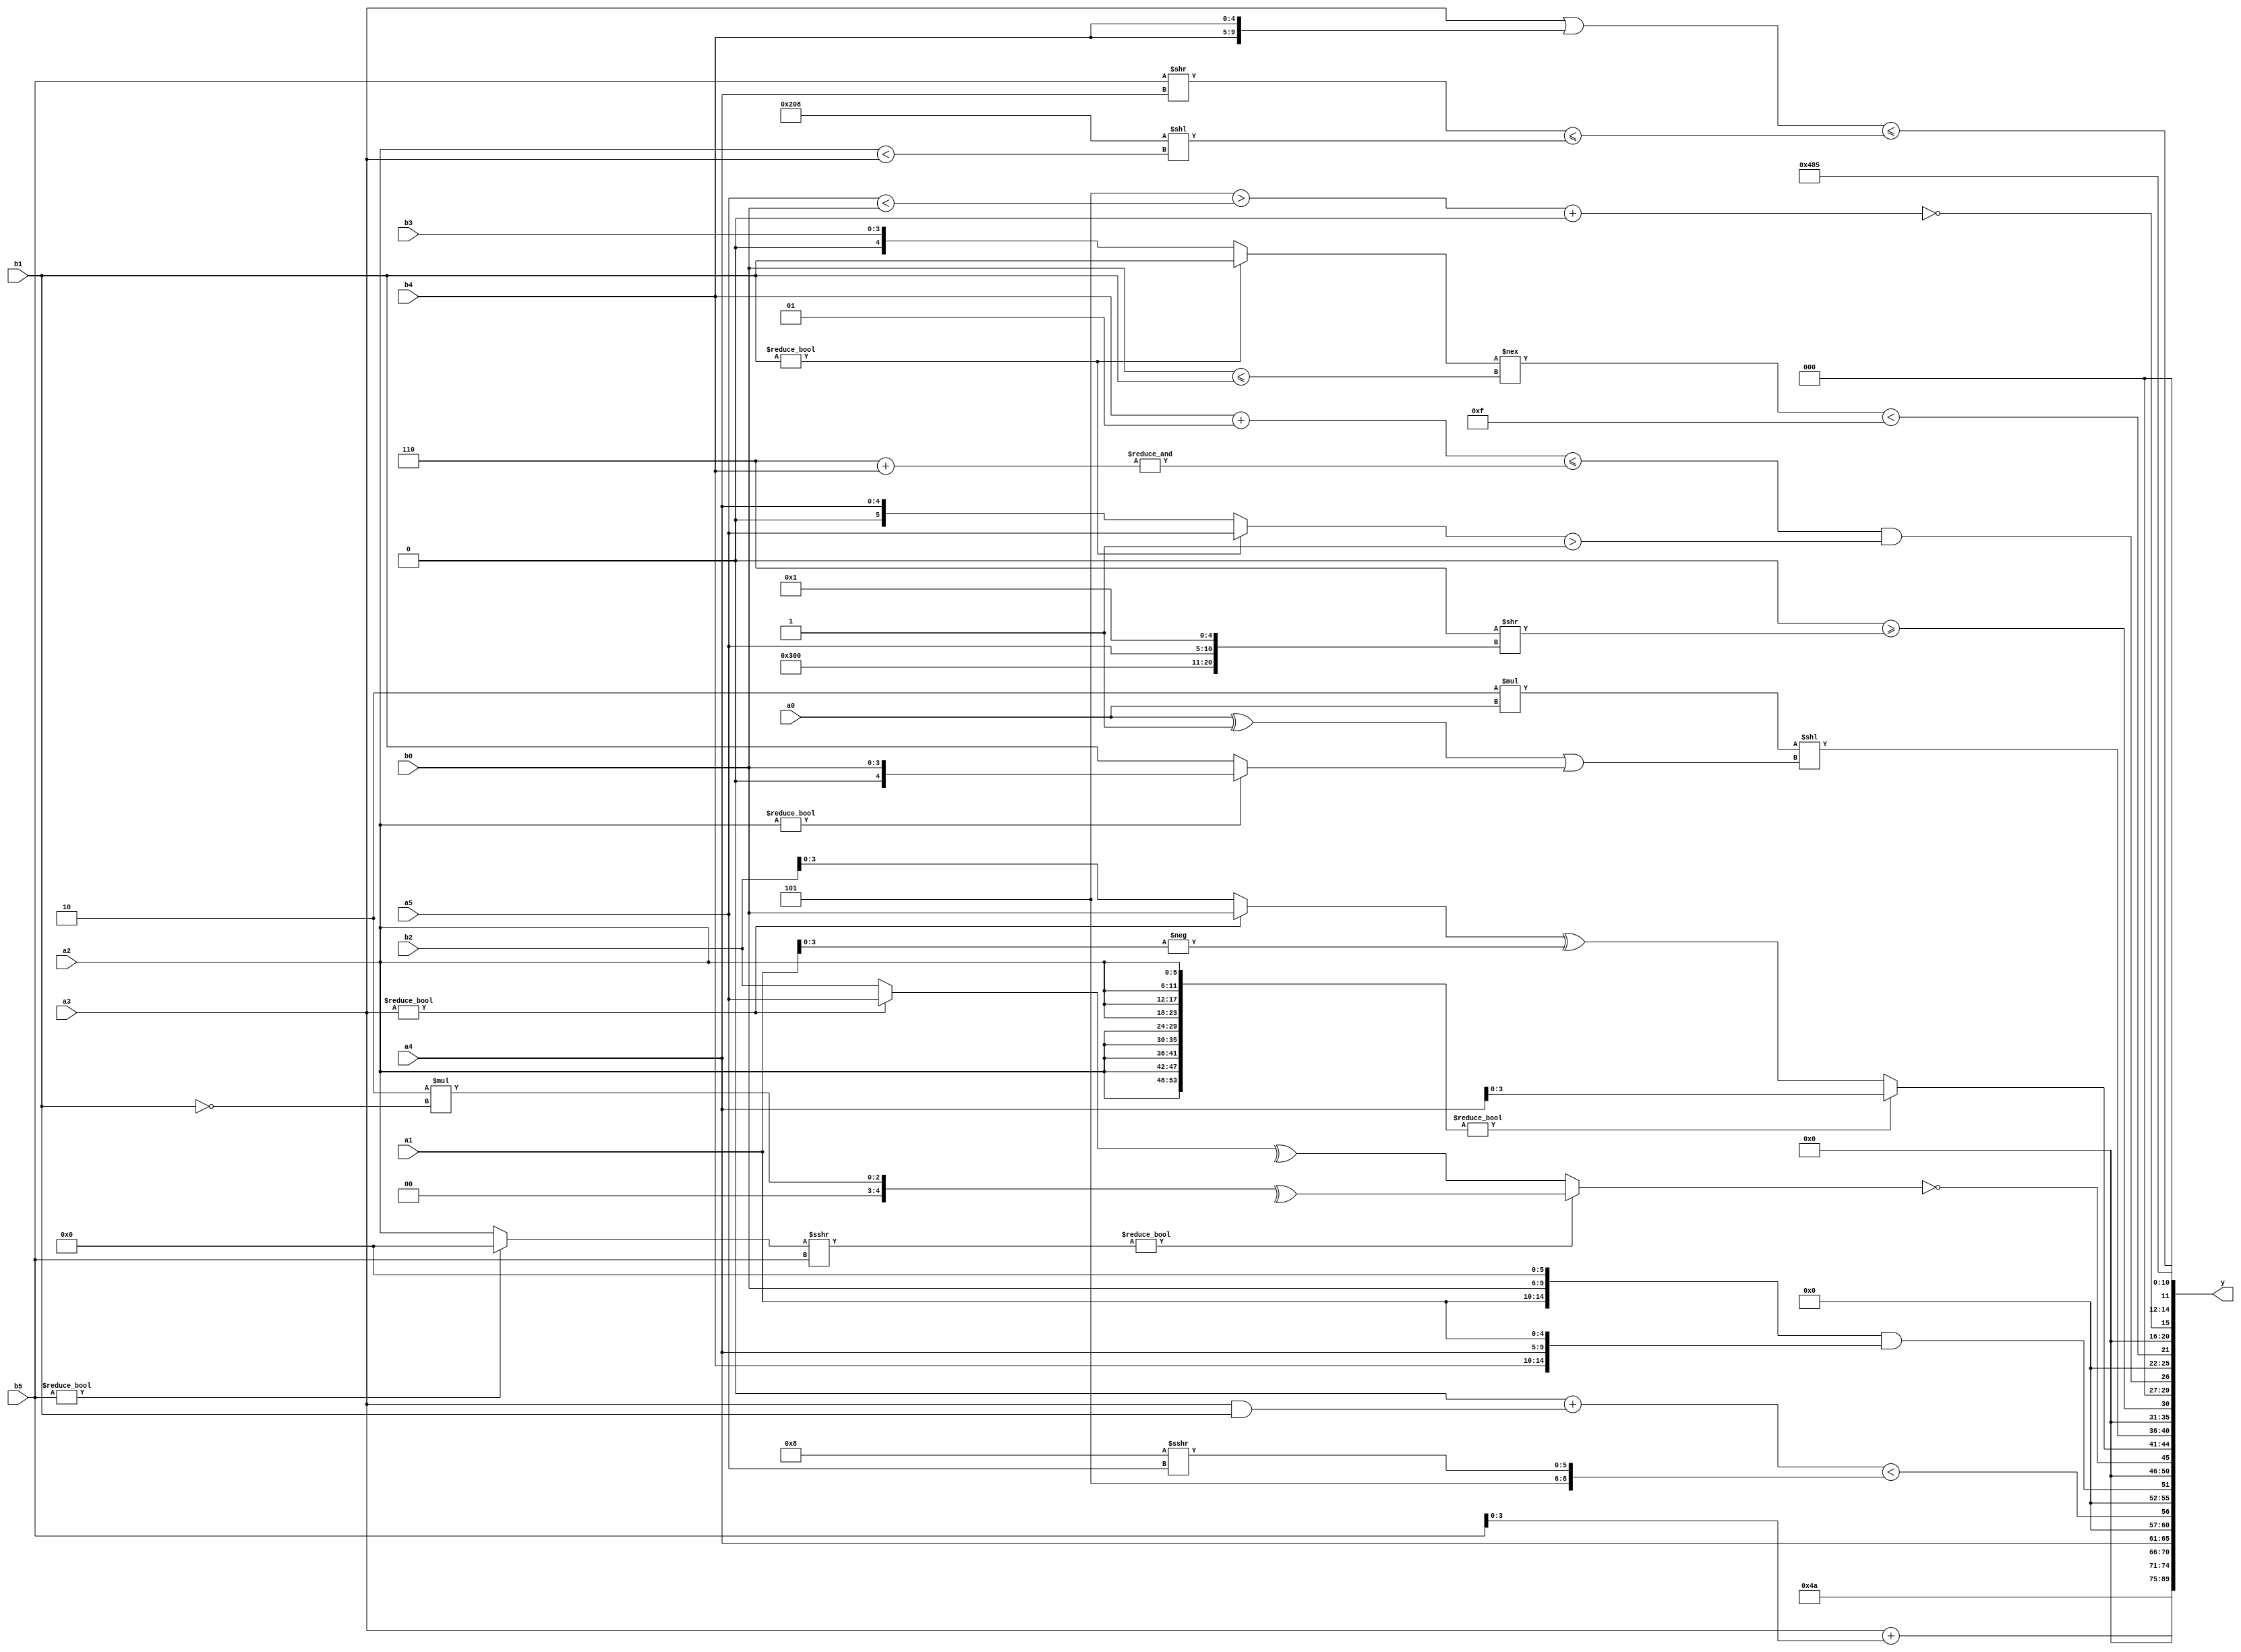
module expression_00352(a0, a1, a2, a3, a4, a5, b0, b1, b2, b3, b4, b5, y);
  input [3:0] a0;
  input [4:0] a1;
  input [5:0] a2;
  input signed [3:0] a3;
  input signed [4:0] a4;
  input signed [5:0] a5;

  input [3:0] b0;
  input [4:0] b1;
  input [5:0] b2;
  input signed [3:0] b3;
  input signed [4:0] b4;
  input signed [5:0] b5;

  wire [3:0] y0;
  wire [4:0] y1;
  wire [5:0] y2;
  wire signed [3:0] y3;
  wire signed [4:0] y4;
  wire signed [5:0] y5;
  wire [3:0] y6;
  wire [4:0] y7;
  wire [5:0] y8;
  wire signed [3:0] y9;
  wire signed [4:0] y10;
  wire signed [5:0] y11;
  wire [3:0] y12;
  wire [4:0] y13;
  wire [5:0] y14;
  wire signed [3:0] y15;
  wire signed [4:0] y16;
  wire signed [5:0] y17;

  output [89:0] y;
  assign y = {y0,y1,y2,y3,y4,y5,y6,y7,y8,y9,y10,y11,y12,y13,y14,y15,y16,y17};

  localparam [3:0] p0 = (&{{1{{3{(3'd4)}}}},{((-4'sd1)||(-5'sd8)),{4{(-2'sd0)}},{(4'd7),(3'sd3),(5'd18)}},{2{{(3'd7),(-4'sd1)}}}});
  localparam [4:0] p1 = (-3'sd0);
  localparam [5:0] p2 = ({2{(~&{1{(5'd24)}})}}||(~(^(|(&{1{(5'd14)}})))));
  localparam signed [3:0] p3 = (6'd2 * (-(!(3'd5))));
  localparam signed [4:0] p4 = {(4'd2 * ((5'd6)-(2'd2)))};
  localparam signed [5:0] p5 = ((((4'd11)>>(-4'sd3))!==((5'd3)?(-2'sd1):(3'd1)))>>>(((5'd14)>(5'd0))!==((3'd4)<(3'sd1))));
  localparam [3:0] p6 = ((^(3'sd3))>>(~^(-4'sd2)));
  localparam [4:0] p7 = ((~|(5'd20))-((5'd27)?(2'd2):(4'd10)));
  localparam [5:0] p8 = ((2'd2)?(4'd15):(4'd6));
  localparam signed [3:0] p9 = ((^(^(4'd6)))?{1{((4'sd2)?(5'd20):(2'sd1))}}:(+(~(-5'sd11))));
  localparam signed [4:0] p10 = ((~^(5'sd6))^((5'd25)>=(-4'sd2)));
  localparam signed [5:0] p11 = (4'd8);
  localparam [3:0] p12 = (2'sd0);
  localparam [4:0] p13 = {((5'd10)?(-2'sd1):(3'd2)),((3'd0)?(3'd2):(-3'sd0))};
  localparam [5:0] p14 = {{4{(3'sd2)}},{{(3'sd0),(5'd13)},((5'd28)?(5'd4):(4'd6)),{1{(4'sd6)}}}};
  localparam signed [3:0] p15 = (3'sd0);
  localparam signed [4:0] p16 = (((-2'sd1)<=(5'd21))<((3'sd0)?(4'd1):(2'd3)));
  localparam signed [5:0] p17 = (((3'd5)<<(-5'sd12))!==((5'd23)<<<(4'd4)));

  assign y0 = (-4'sd0);
  assign y1 = (2'sd1);
  assign y2 = (5'd10);
  assign y3 = (a3+b5);
  assign y4 = {2{{3{p6}}}};
  assign y5 = {4{{{b2,a4},(p1>p14)}}};
  assign y6 = (((b3?p5:p12)+(a3&b1))<{(5'sd5),(p11>>>a5)});
  assign y7 = ({{a1,b0,p5}}&&{b4,a4,a1});
  assign y8 = (~&(((b5?p6:a2)>>>(p1?p8:b5))?(^(5'd2 * (!b1))):(^(a3?a5:b2))));
  assign y9 = ({3{{3{a2}}}}?{4{a4}}:((a3?b0:b2)^(-a1)));
  assign y10 = ((4'd2 * {a0})<<((a0^p17)|(a2?b0:b1)));
  assign y11 = ({((p13<<<p16)<<<{p12,p11,p4}),((6'd2 * p7)<<<(p11|p9))}>=(((p5-p13)+{p7})>>{{(p3+p13),{p1,a5,p16}}}));
  assign y12 = {1{(({1{(b4+p17)}}<=(&(p14+b4)))&&((b1?a5:a4)>(~|{3{p6}})))}};
  assign y13 = ($signed($unsigned((+(|((b1?b1:b3)!==((b0<=b1)))))))<(($unsigned((~(p2?p0:p15)))^((4'd2 * p12)&&(p14-p15)))));
  assign y14 = (&(!((-((4'sd5)>(a5<b0)))+(|(^((|(|p15))^(p12|p0)))))));
  assign y15 = ({1{($unsigned($signed({a3}))||{1{({2{b4}})}})}}<=(($unsigned(b5)>>(a4))<=({2{p11}}<<(a2<a3))));
  assign y16 = {3{(-5'sd14)}};
  assign y17 = (3'd5);
endmodule